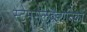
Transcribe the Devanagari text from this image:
स्टेमसेलवैज्ञानिकों